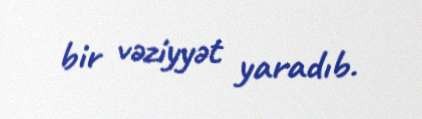
bir vəziyyət yaradıb.